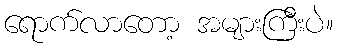
ရောက်လာတော့ အများကြီးပဲ။